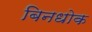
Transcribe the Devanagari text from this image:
बिनधोक